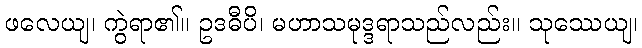
ဖလေယျ၊ ကွဲရာ၏။ ဥဒဓီပိ၊ မဟာသမုဒ္ဒရာသည်လည်း။ သုဿေယျ၊